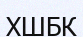
ХШБК